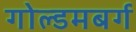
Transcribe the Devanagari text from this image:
गोल्डमबर्ग